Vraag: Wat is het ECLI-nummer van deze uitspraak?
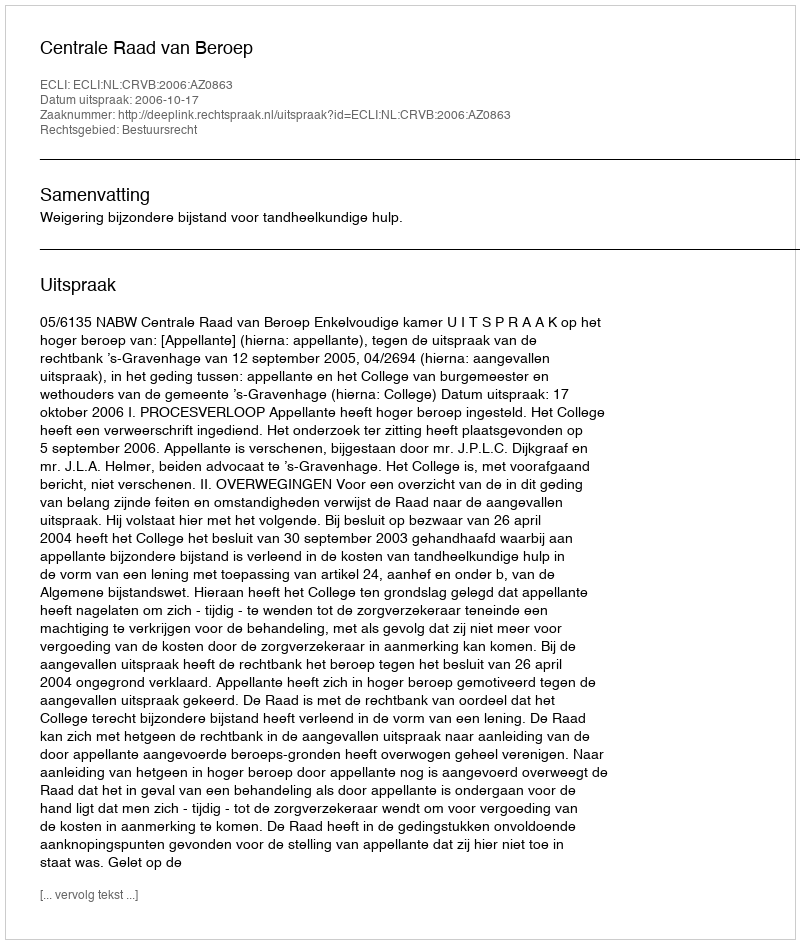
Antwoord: ECLI:NL:CRVB:2006:AZ0863